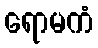
ရောမကံ